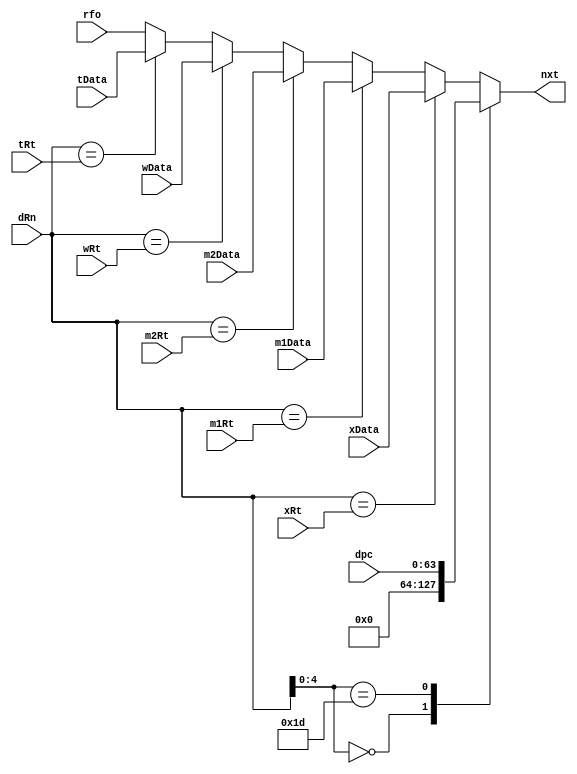
`timescale 1ns / 1ps
// ============================================================================
//        __
//   \\__/ o\    (C) 2012-2013  Robert Finch, Stratford
//    \  __ /    All rights reserved.
//     \/_//     robfinch<remove>@opencores.org
//       ||
//
// This source file is free software: you can redistribute it and/or modify 
// it under the terms of the GNU Lesser General Public License as published 
// by the Free Software Foundation, either version 3 of the License, or     
// (at your option) any later version.                                      
//                                                                          
// This source file is distributed in the hope that it will be useful,      
// but WITHOUT ANY WARRANTY; without even the implied warranty of           
// MERCHANTABILITY or FITNESS FOR A PARTICULAR PURPOSE.  See the            
// GNU General Public License for more details.                             
//                                                                          
// You should have received a copy of the GNU General Public License        
// along with this program.  If not, see <http://www.gnu.org/licenses/>.    
//
// ============================================================================
//
module Raptor64_BypassMux(dpc,dRn,xRt,m1Rt,m2Rt,wRt,tRt,rfo,xData,m1Data,m2Data,wData,tData,nxt);
input [63:0] dpc;
input [8:0] dRn;
input [8:0] xRt;
input [8:0] m1Rt;
input [8:0] m2Rt;
input [8:0] wRt;
input [8:0] tRt;
input [63:0] rfo;	// register file output
input [63:0] xData;
input [63:0] m1Data;
input [63:0] m2Data;
input [63:0] wData;
input [63:0] tData;
output [63:0] nxt;
reg [63:0] nxt;

always @(dRn or xData or m1Data or m2Data or wData or tData or rfo or dpc or xRt or m1Rt or m2Rt or wRt or tRt)
	casex(dRn)
	9'bxxxx00000:	nxt <= 64'd0;
	9'bxxxx11101:	nxt <= dpc;
	xRt:	nxt <= xData;
	m1Rt:	nxt <= m1Data;
	m2Rt:	nxt <= m2Data;
	wRt:	nxt <= wData;
	tRt:	nxt <= tData;
	default:	nxt <= rfo;
	endcase

endmodule